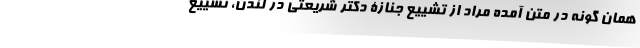
همان گونه در متن آمده مراد از تشییع جنازۀ دکتر شریعتی در لندن، تشییع